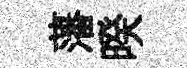
藩暌